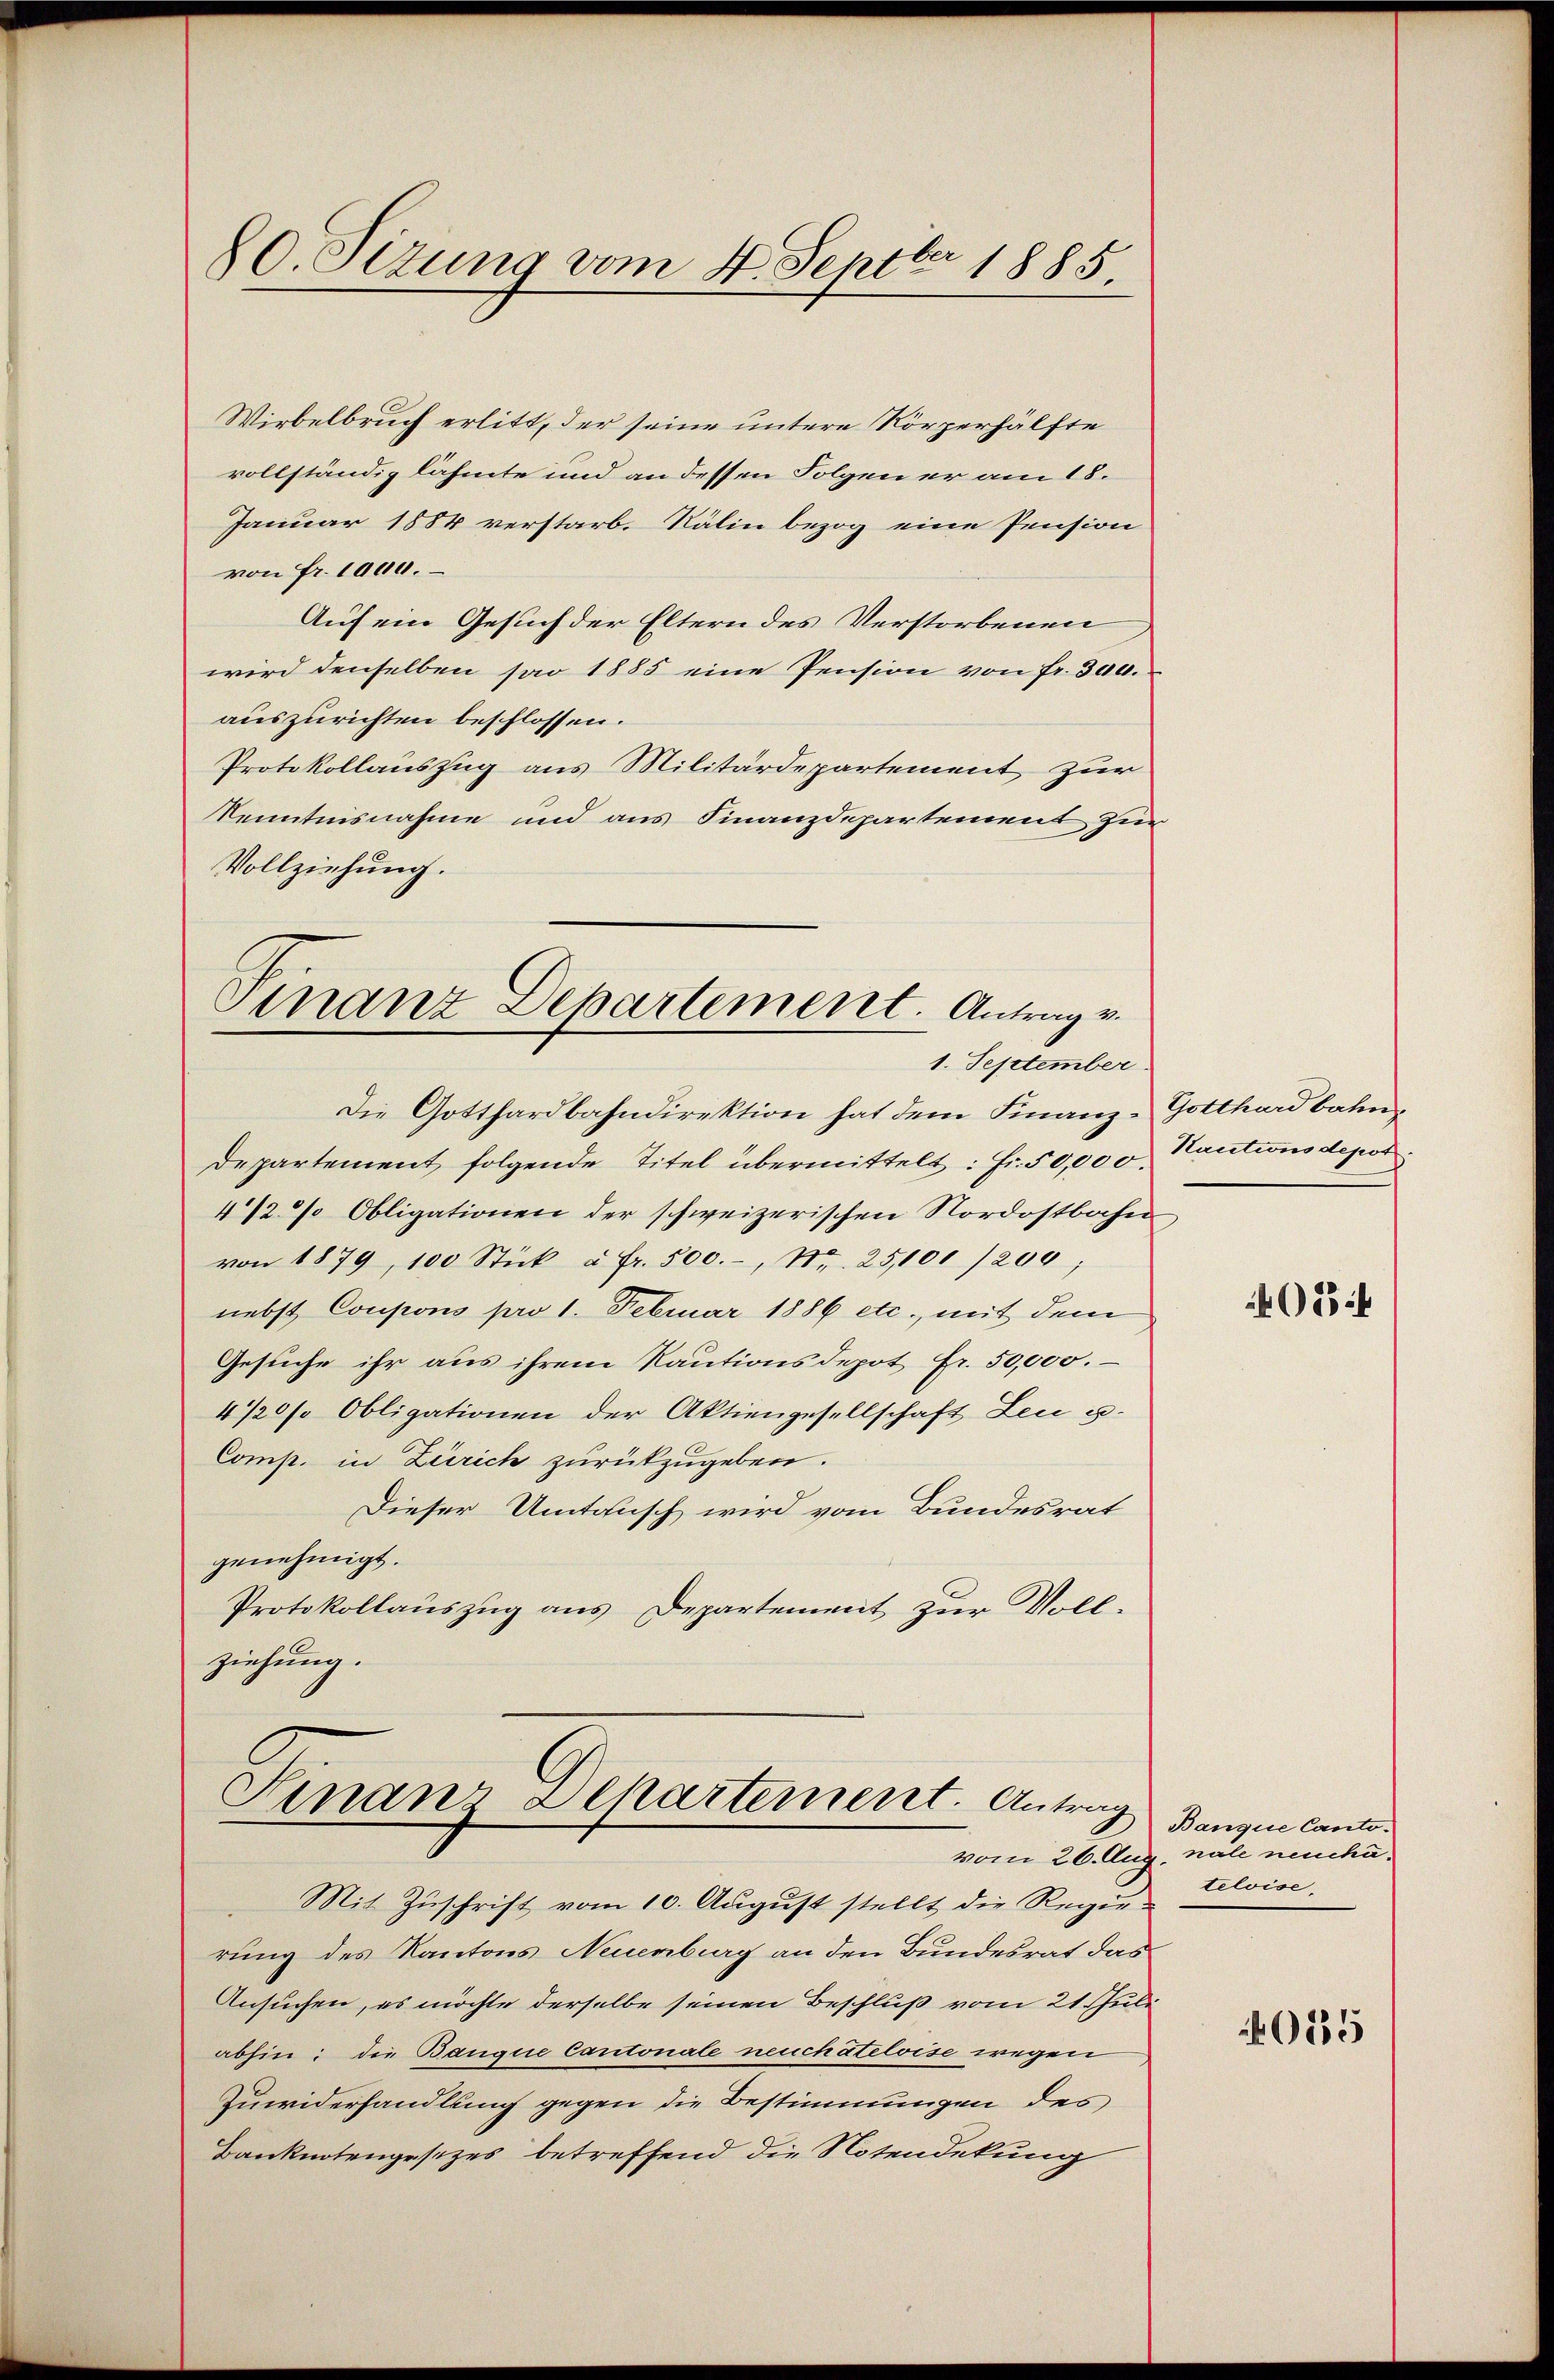
80. Sizung vom 4. Septbr 1885.

Wirbelbruch erlitt, der seine untere Körperhälfte
vollständig lähmte und an dessen Folgen er am 18.
Januar 1884 verstarb. Kälin bezog eine Pension
von Fr. 1000.
Auf ein Gesuch der Eltern des Verstorbenen
wird denselben sao 1885 eine Pension von fr. 300.
auszurichten beschlossen.
Protokollauszug aus Militärdepartement zur
Kenntnisnahme und aus Finanzdepartement zur
Vollziehung.

Finanz Departement. Antrag v.
1. September

Die Gotthardbahndirektion hat dem Finanz-Gotthardbahn¬
Departement folgende Titel übermittelt: Fr. 50,000 Kautions depot
4/2 % Obligationen der schweizerischen Nordostbahn
von 1879, 100 Stück u. fr. 500.-, Nr. 25,000 /200;
nebst Coupons pro 1. Februar 1886 etc., mit dem
Gesuche ihr aus ihrem Rautionsdepot Fr. 50,000.
4/20% Obligationen der Aktiengesellschaft Leu u.
Comp. in Zürich zurückzugeben.
Dieser Umtausch wird vom Bundesrat
genehmigt.
Protokollauszug aus Departement zur Voll-
ziehung.

Finanz Departement. Antrag

Mit Zŭschrift vom 10. August stellt die Regierung des Kantons Neuenburg an den Bundesrat dar¬
Ansuchen, es möchte derselbe seinen Beschluß vom 21. Juli
abhin: die Banque Cantonale neuchâteloise wegen
Zuwiderhandlung gegen die Bestimmungen des
Banknotengesetzes betreffend die Notendekung

402

Banque Cantovom 26. Aug. näle neuche.
teloise.

015